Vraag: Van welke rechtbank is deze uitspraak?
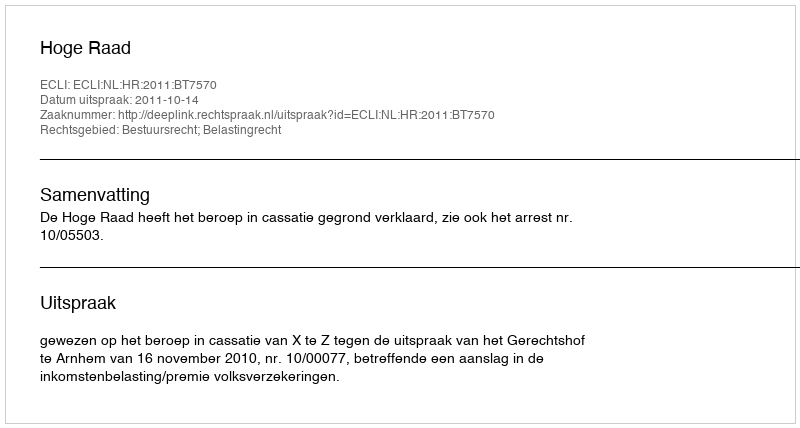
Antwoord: Hoge Raad